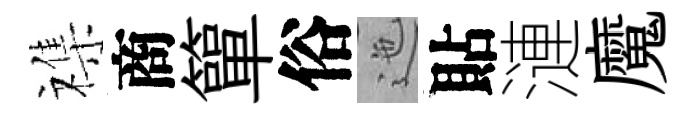
襍商簞俗迤貼漣魔